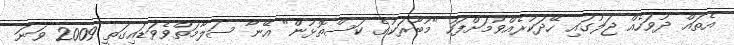
އެތައް ދުވަހެއް ޖަލުގައި ހޭދަކުރެއްވުމަށްފަހު "މުބާރަކުގެ ކަސްތޮޅުން" އޭނާ ސަލާމަތްވެވަޑައިގަތީ 2009 ވަނަ